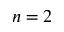
n = 2